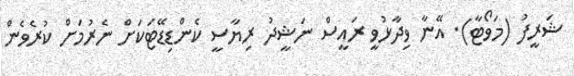
ޝަރީފު (މަވޯޓާ). އޭނާ ވިދާޅުވީ ރައީސް ނަޝީދު ރިޔާސީ ކެންޑިޑޭޓަކަށް ނެރުމަށް ކުރެވެން